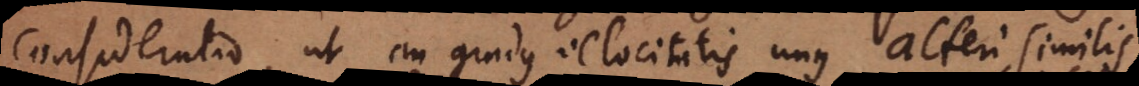
consideratio, ut an gradus velocitatis unus alteri similis